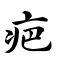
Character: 疤